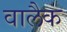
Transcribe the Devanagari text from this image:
वालैक